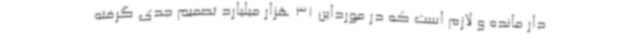
دار مانده و لازم است که در مورداین 31 هزار میلیارد تصمیم جدی گرفته